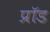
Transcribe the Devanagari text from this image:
प्रॉड